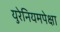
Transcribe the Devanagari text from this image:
युरेनियमपेक्षा